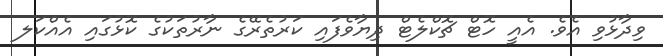
ވިދާޅުވި އެވެ. އެއީ ހޮޓް ޗޮކްލެޓް ދިޔާވެފައި ކަރުތެރޭގެ ނާރުތަކުގެ ކޮޅުގައި އެއްކަލ